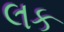
લક